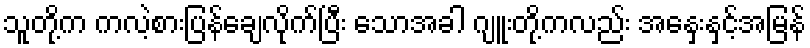
သူတို့က ကလဲ့စားပြန်ချေလိုက်ပြီး သောအခါ ဂျူးတို့ကလည်း အနှေးနှင့်အမြန်